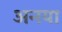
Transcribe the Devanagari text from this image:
अनया